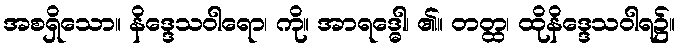
အစရှိသော။ နိဒ္ဒေသဝါရော၊ ကို။ အာရဒ္ဓေါ၊ ၏။ တတ္ထ၊ ထိုနိဒ္ဒေသဝါရ၌။